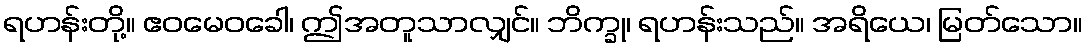
ရဟန်းတို့။ ဧဝမေဝခေါ၊ ဤအတူသာလျှင်။ ဘိက္ခု၊ ရဟန်းသည်။ အရိယေ၊ မြတ်သော။